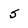
Character: 5